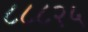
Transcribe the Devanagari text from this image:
८८८२५